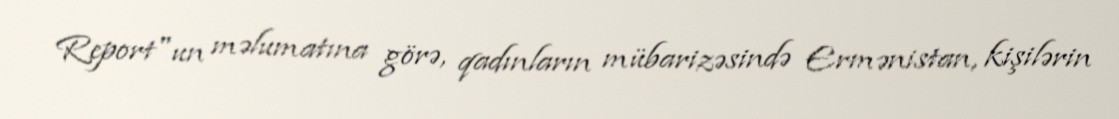
Report"un məlumatına görə, qadınların mübarizəsində Ermənistan, kişilərin